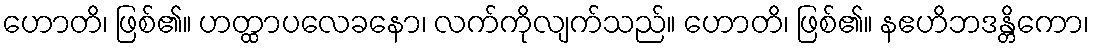
ဟောတိ၊ ဖြစ်၏။ ဟတ္ထာပလေခနော၊ လက်ကိုလျက်သည်။ ဟောတိ၊ ဖြစ်၏။ နဧဟိဘဒန္တိကော၊